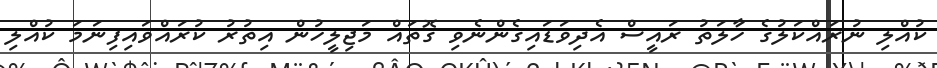
ކުއްލި ނުރައްކަލުގެ ހާލަތު ރައީސް އެދިވަޑައިގެންނެވި ގޮތައް މަޖިލީހުން އިތުރު ކުރައްވައިފިނަމަ ކުއްލި